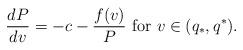
LaTeX: \begin{align*}\frac{dP}{dv}=-c-\frac{f(v)}{P} \mbox{ for } v\in (q_*, q^*).\end{align*}